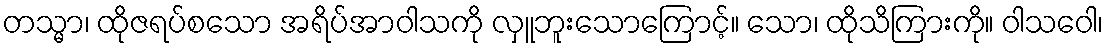
တသ္မာ၊ ထိုဇရပ်စသော အရိပ်အာဝါသကို လှူဘူးသောကြောင့်။ သော၊ ထိုသိကြားကို။ ဝါသဝေါ၊